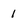
Character: 1